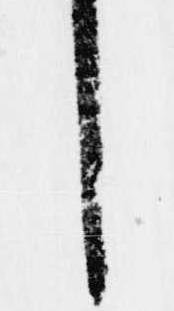
し